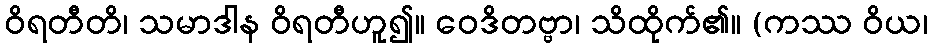
ဝိရတီတိ၊ သမာဒါန ဝိရတီဟူ၍။ ဝေဒိတဗ္ဗာ၊ သိထိုက်၏။ (ကဿ ဝိယ၊